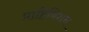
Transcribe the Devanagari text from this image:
प्राहिबिशन